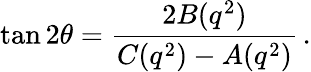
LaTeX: \tan 2\theta=\frac{2B(q^{2})}{C(q^{2})-A(q^{2})}\, .